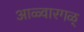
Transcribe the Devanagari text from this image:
आळ्वारगळ्